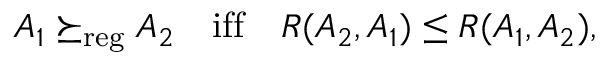
\begin{array} { r } { A _ { 1 } \succeq _ { \mathrm { r e g } } A _ { 2 } \quad \mathrm { i f f } \quad R ( A _ { 2 } , A _ { 1 } ) \leq R ( A _ { 1 } , A _ { 2 } ) , } \end{array}